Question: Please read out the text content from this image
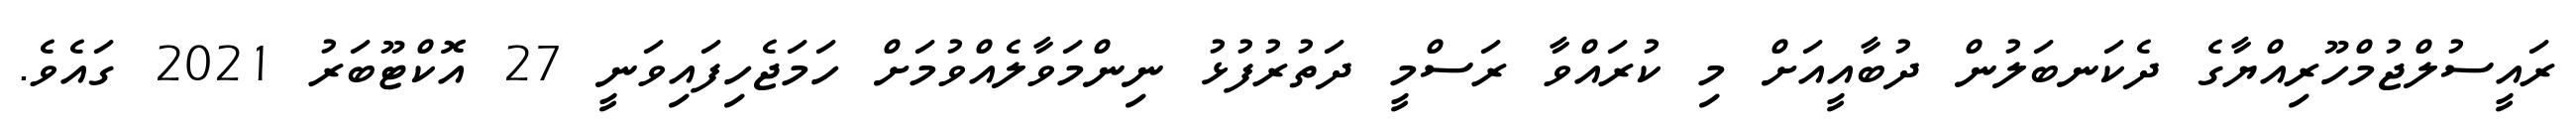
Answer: ރައީސުލްޖުމްހޫރިއްޔާގެ ދެކަނބަލުން ދުބާއީއަށް މި ކުރައްވާ ރަސްމީ ދަތުރުފުޅު ނިންމަވާލެއްވުމަށް ހަމަޖެހިފައިވަނީ 27 އޮކްޓޫބަރު 2021 ގައެވެ.